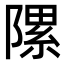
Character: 𨻽